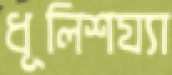
ধূলিশয্যা